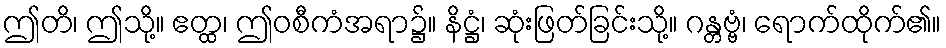
ဤတိ၊ ဤသို့။ ဧတ္ထ၊ ဤဝစီကံအရာ၌။ နိဋ္ဌံ၊ ဆုံးဖြတ်ခြင်းသို့။ ဂန္တဗ္ဗံ၊ ရောက်ထိုက်၏။